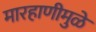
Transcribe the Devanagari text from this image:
मारहाणीमुळे